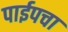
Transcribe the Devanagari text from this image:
पाईपचा